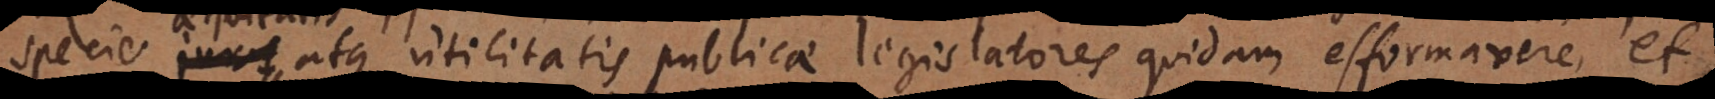
atque utilitatis publicae legislatores quidam efformavere, et